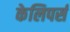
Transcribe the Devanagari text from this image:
केलिपर्स